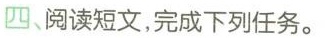
四、阅读短文,完成下列任务。